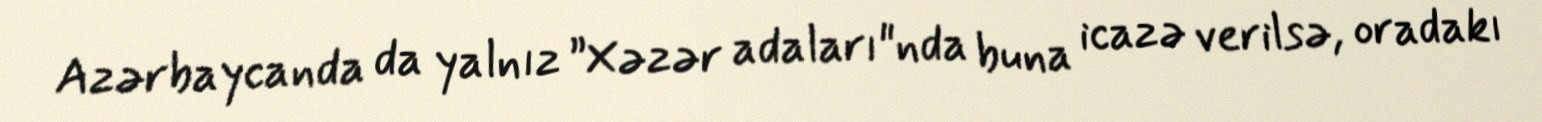
Azərbaycanda da yalnız ”Xəzər adaları"nda buna icazə verilsə, oradakı